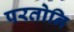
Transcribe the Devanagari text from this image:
परतोनि